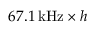
6 7 . 1 \, \mathrm { k H z } \times h